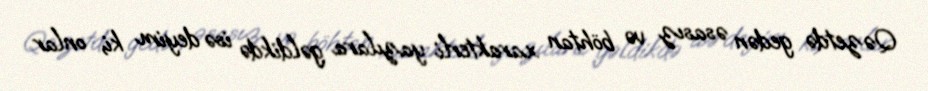
Qəzetdə gedən əsasız və böhtan xarakterli yazılara gəldikdə isə deyim ki, onlar